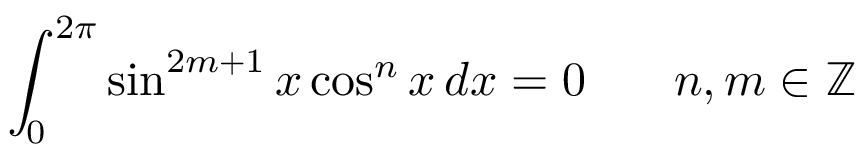
\int _ { 0 } ^ { 2 \pi } \sin ^ { 2 m + 1 } { x } \cos ^ { n } { x } \, d x = 0 \! \qquad n , m \in \mathbb { Z }